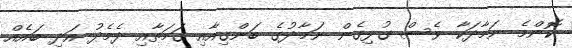
ކޮންމެ ނަމާދަކާ ވެސް ގުޅިގެން ނަމާދުގެ ބަންގިއާއި ގަމަތާއި ދެމެދު އަދި ބައެއް